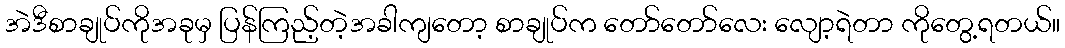
အဲဒီစာချုပ်ကိုအခုမှ ပြန်ကြည့်တဲ့အခါကျတော့ စာချုပ်က တော်တော်လေး လျော့ရဲတာ ကိုတွေ့ရတယ်။